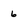
Character: 6